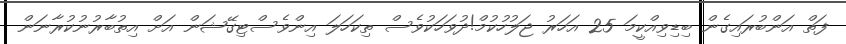
ފަތް އަންބުރައިގެން ބިޑިވިއްކީމަ 25 އަހަރު ޖަލުހުކުމް!ދުވަހަކުވެސް ތިކަހަލަ އިންވެސްޓިގޭޝަން އަށް އިތުބާރުނުކުރާނަން